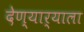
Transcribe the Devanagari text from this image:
देण्यार्‍याला